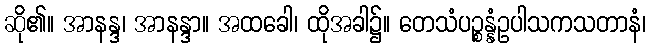
ဆို၏။ အာနန္ဒ၊ အာနန္ဒာ။ အထခေါ၊ ထိုအခါ၌။ တေသံပဉ္စန္နံဥပါသကသတာနံ၊